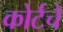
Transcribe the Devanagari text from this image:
कोर्टचे